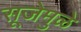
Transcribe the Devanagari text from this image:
सूजेमुळे